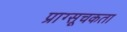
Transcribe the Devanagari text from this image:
प्राग्सूचकता